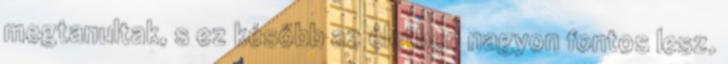
megtanultak, s ez később az életben nagyon fontos lesz.